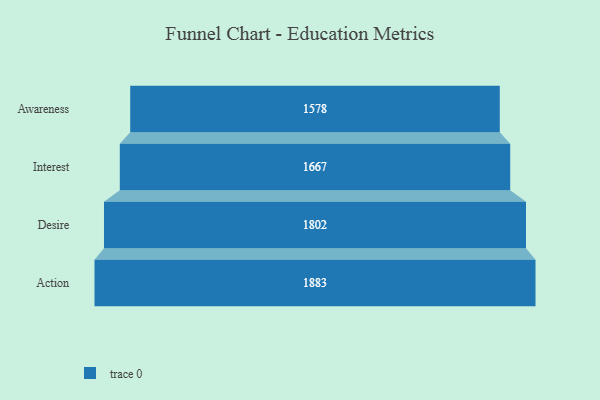
{"axis": {"x": "Stage", "y": "Value"}, "legend": [""], "data": [{"x": "Awareness", "y": 1578.0, "type": ""}, {"x": "Interest", "y": 1667.0, "type": ""}, {"x": "Desire", "y": 1802.0, "type": ""}, {"x": "Action", "y": 1883.0, "type": ""}]}